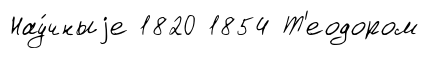
Нау́чныjе 1820 1854 Т'еодором